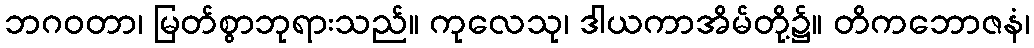
ဘဂဝတာ၊ မြတ်စွာဘုရားသည်။ ကုလေသု၊ ဒါယကာအိမ်တို့၌။ တိကဘောဇနံ၊